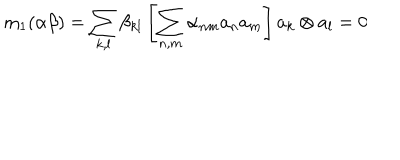
\mathrm { m } _ { 1 } ( \alpha \beta ) = \sum _ { k , l } \beta _ { k l } \left[ \sum _ { n , m } \alpha _ { n m } a _ { n } a _ { m } \right] a _ { k } \otimes a _ { l } = 0